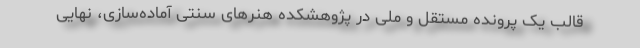
قالب یک پرونده مستقل و ملی در پژوهشکده هنرهای سنتی آماده‌سازی، نهایی